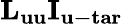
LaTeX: {{\mathbf{L}}_{{\mathbf{uu}}}}{{\mathbf{I}}_{{\mathbf{u-tar}}}}